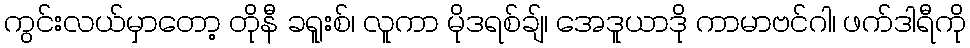
ကွင်းလယ်မှာတော့ တိုနီ ခရူးစ်၊ လူကာ မိုဒရစ်ချ်၊ အေဒူယာဒို ကာမာဗင်ဂါ၊ ဖက်ဒါရီကို